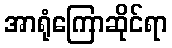
အာရုံကြောဆိုင်ရာ